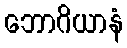
ဘောဂိယာနံ